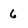
Character: 6